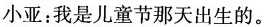
小亚：我是儿童节那天出生的。